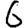
Digit: 6